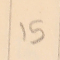
15